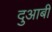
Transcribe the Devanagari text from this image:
दुआबी